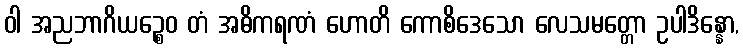
ဝါ အညဘာဂိယဉ္စေဝ တံ အဓိကရဏံ ဟောတိ ကောစိဒေသော လေသမတ္တော ဥပါဒိန္နော,